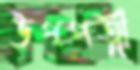
উপপত্নী